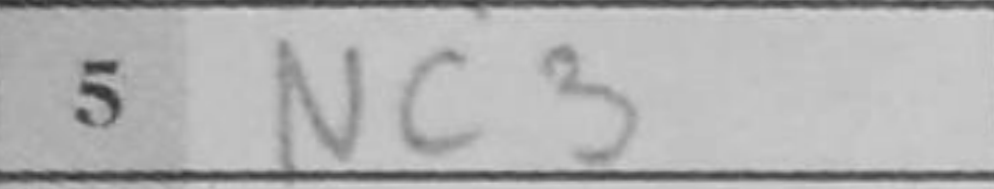
Transcription: Nc3